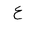
Letter: _ayn